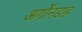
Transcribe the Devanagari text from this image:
अर्गोनडाह